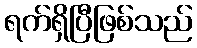
ရက်ရှိပြီဖြစ်သည်